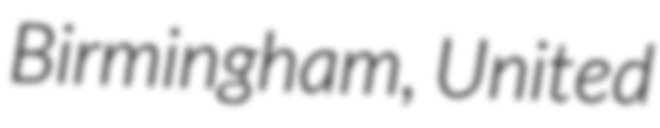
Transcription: Birmingham, United